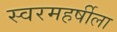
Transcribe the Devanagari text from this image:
स्वरमहर्षीला